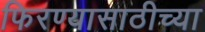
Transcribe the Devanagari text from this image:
फिरण्यासाठीच्या